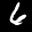
Label: 6